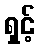
ရှင့်